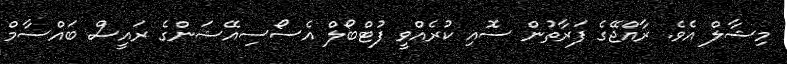
މިޝާލް އެވެ. ރާއްޖޭގެ ފަރާތުން ސޮއި ކުރެއްވީ ފުޓްބޯލް އެސޯސިއޭޝަންގެ ރައީސް ބައްސާމް